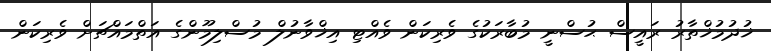
ޚުދުމުޚްތާރު ރައީސް ޙުސްނީ މުބާރަކުގެ ވެރިކަން ވެއްޓި އިޚްވާނުލް މުސްލިމޫންގެ އަތްމައްޗަށް ވެރިކަން